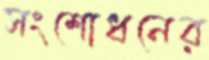
সংশোধনের